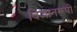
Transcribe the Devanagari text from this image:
विज्ञानरूपी